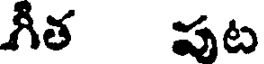
గీత పట